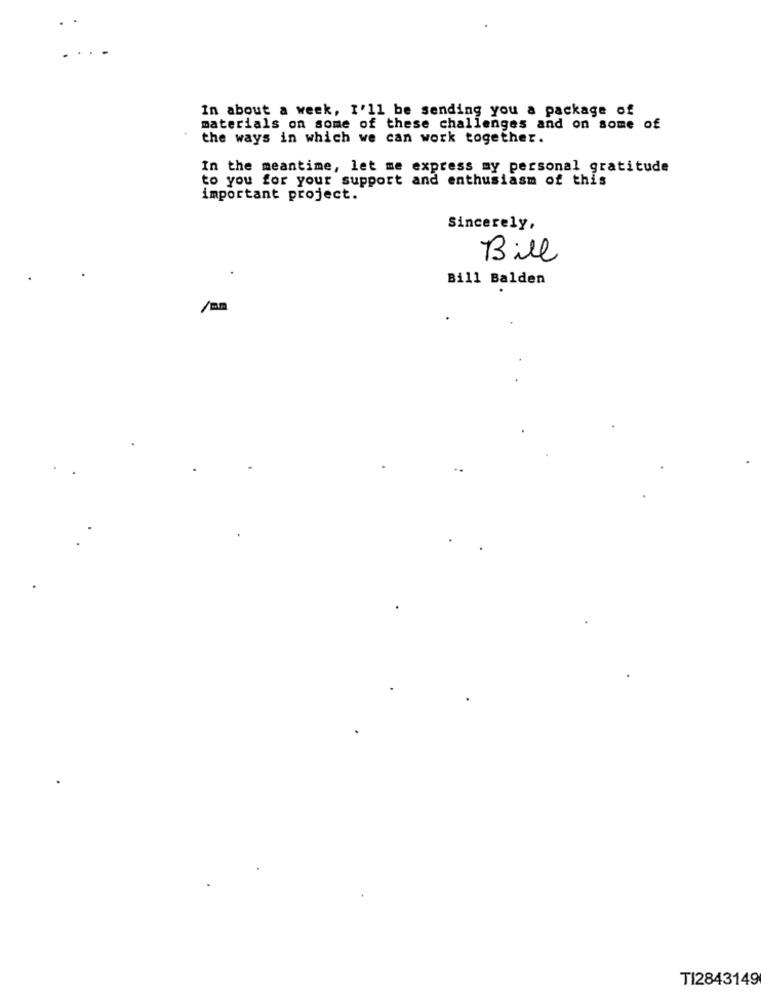
In about a week, I'll be sending you a package of
materials on some of these challenges and on some of
the ways in which we can work together.
In the meantime, let me express my personal gratitude
to you for your support and enthusiasm of this
important project.
Sincerely,
Bill
Bill Balden
/mm
TI2843149